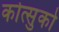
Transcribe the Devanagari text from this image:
कोत्सुको